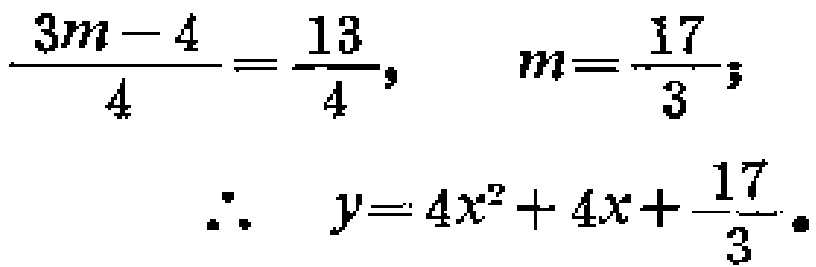
\(\frac{3m - 4}{4}=\frac{13}{4},\ \ \ m = \frac{17}{3};\)
\(\therefore\ \ y = 4x^{2}+4x+\frac{17}{3}.\)